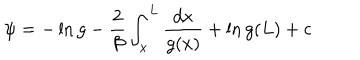
\psi = - \ln g - { \frac { 2 } { \beta } } \int _ { x } ^ { L } { \frac { d x } { g ( x ) } } + \ln g ( L ) + c